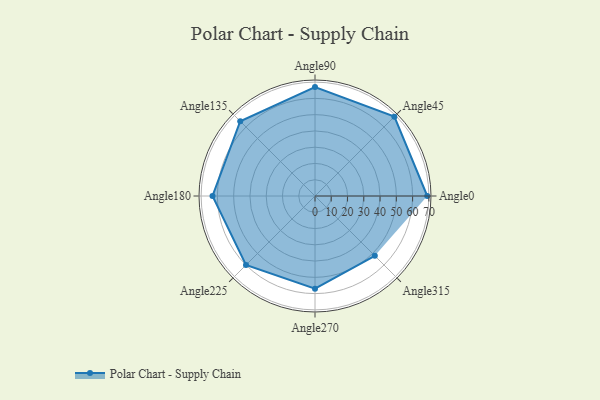
{"axis": {"x": "Angle", "y": "Radius"}, "legend": [""], "data": [{"x": "Angle0", "y": 69.0, "type": ""}, {"x": "Angle45", "y": 69.0, "type": ""}, {"x": "Angle90", "y": 67.0, "type": ""}, {"x": "Angle135", "y": 65.0, "type": ""}, {"x": "Angle180", "y": 63.0, "type": ""}, {"x": "Angle225", "y": 60.0, "type": ""}, {"x": "Angle270", "y": 57.0, "type": ""}, {"x": "Angle315", "y": 52.0, "type": ""}]}